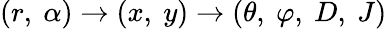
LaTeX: (r,\ \alpha)\rightarrow(x,\ y)\rightarrow(\theta,\ \varphi,\ D,\ J)